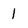
Character: 1